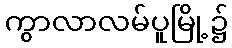
ကွာလာလမ်ပူမြို့၌